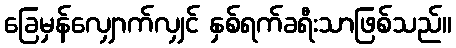
ခြေမှန်လျှောက်လျှင် နှစ်ရက်ခရီးသာဖြစ်သည်။